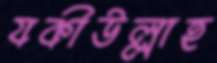
যকীউল্লাহ